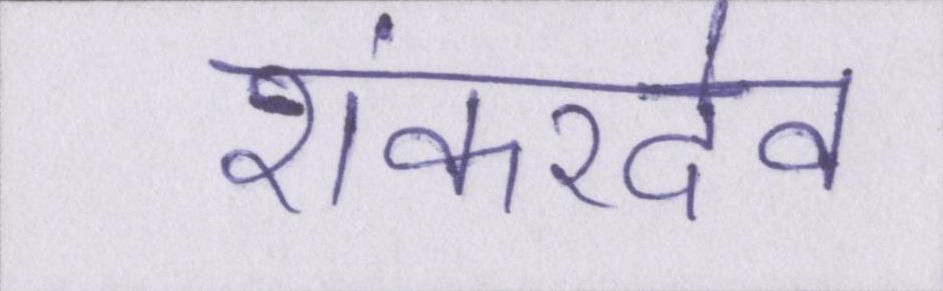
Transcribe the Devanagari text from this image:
शंकरदेव